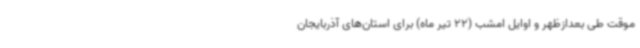
موقت طی بعدازظهر و اوایل امشب (22 تیر ماه) برای استان‌های آذربایجان